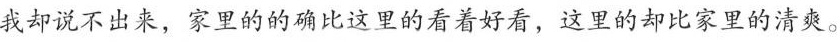
我却说不出来，家里的的确比这里的看着好看，这里的却比家里的清爽。